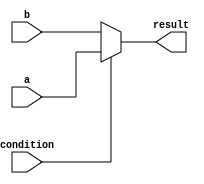
module if_else_statement (
  input wire condition,
  input wire a,
  input wire b,
  output reg result
);

always @(*)
begin
  result = condition ? a : b;
end

endmodule